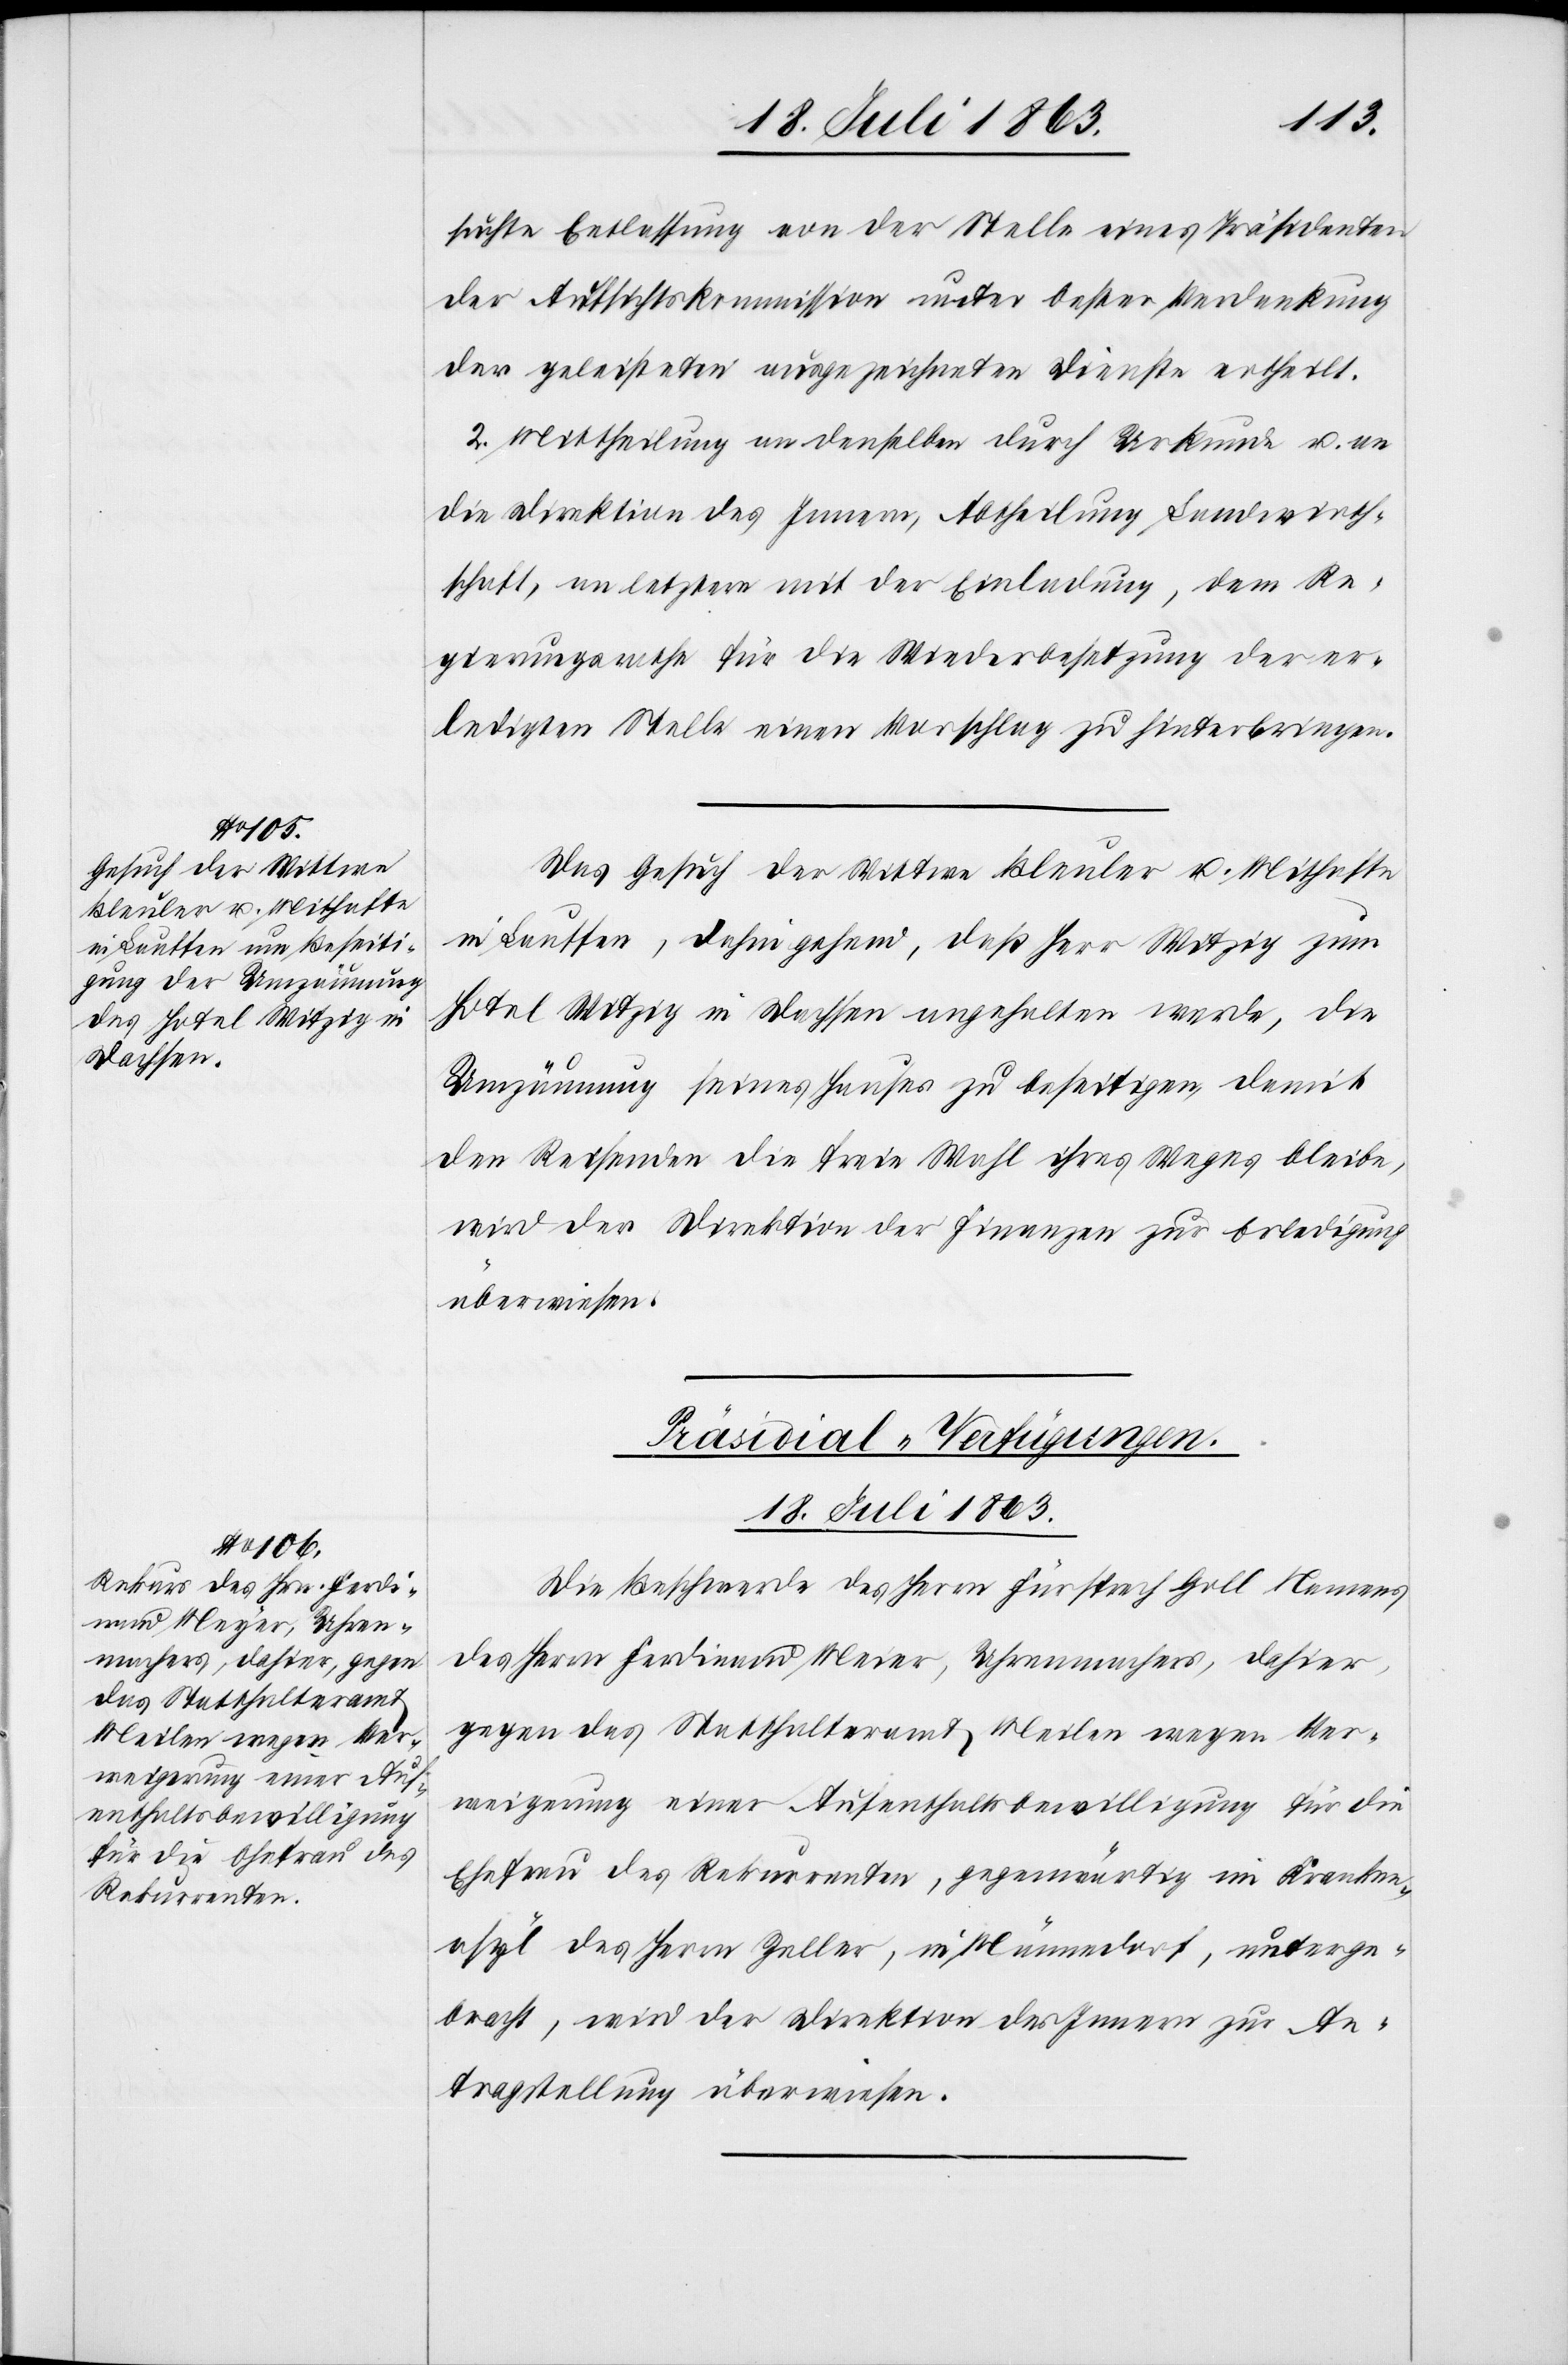
18. Juli 1863.
suchte Entlassung von der Stelle eines Präsidenten
der Aufsichtskommission unter bester Verdankung
der geleisteten ausgezeichneten Dienst ertheilt.
2. Mittheilung an denselben durch Urkunde u. an
die Direktion des Innern, Abtheilung Landwirth¬
schaft, an letztere mit der Einladung, dem Re¬
gierungsrathe für die Wiederbesetzung der er¬
ledigten Stelle einen Vorschlag zu hinterbringen.
Das Gesuch der Wittwe Bleuler u. Mithafte
in Lauffen, dahin gehend, daß Herr Witzig zum
Hotel Witzig in Dachsen angehalten werde, die
Umzäunung seines Hauses zu beseitigen, damit
den Reisenden die freie Wahl ihres Weges bleibe,
wird der Direktion der Finanzen zur Erledigung
überwiesen.
Präsidial-Verfügungen.
Die Beschwerde des Herrn Fürsprech Goll Namens
des Herrn Ferdinand Meier [sic!], Uhrenmachers, dahier,
gegen das Statthalteramt Meilen wegen Ver¬
weigerung einer Aufenthaltsbewilligung für die
Ehefrau des Rekurrenten, gegenwärtig im Kranken¬
asyl des Herrn Zeller, in Männedorf, unterge¬
bracht, wird der Direktion des Innern zur An¬
tragstellung überwiesen.